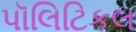
પૉલિટિકલ